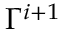
\Gamma ^ { i + 1 }